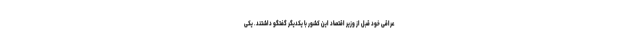
عراقی خود قبل از وزیر اقتصاد این کشور با یکدیگر گفتگو داشتند. یکی